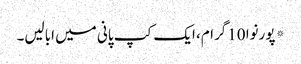
* پورنوا 10گرام، ایک کپ پانی میں ابالیں۔